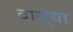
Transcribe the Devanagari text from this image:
दासूया